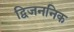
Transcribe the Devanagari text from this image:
द्विजननिक